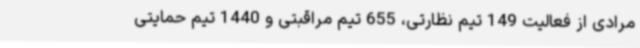
مرادی از فعالیت 149 تیم نظارتی، 655 تیم مراقبتی و 1440 تیم حمایتی